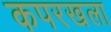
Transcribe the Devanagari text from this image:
कपरखला